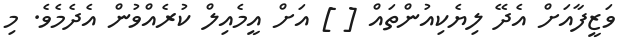
ވަޒީފާއަށް އެދޭ ލިޔެކިއުންތައް [ ] އަށް އީމެއިލް ކުރެއްވުން އެދެމެވެ. މި